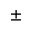
\pm